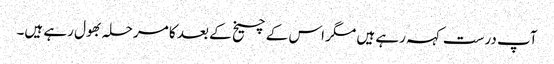
آپ درست کہہ رہے ہیں مگر اس کے چیخ کے بعد کا مرحلہ بھول رہے ہیں۔